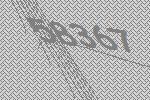
58367